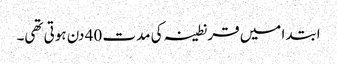
ابتدا میں قرنطینہ کی مدت 40 دن ہوتی تھی۔